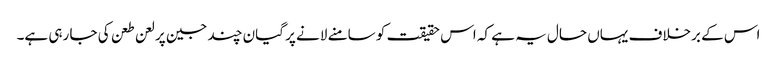
اس کے برخلاف یہاں حال یہ ہے کہ اس حقیقت کو سامنے لانے پر گیان چند جین پر لعن طعن کی جا رہی ہے۔